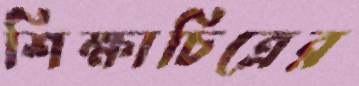
শিক্ষাচিত্রের